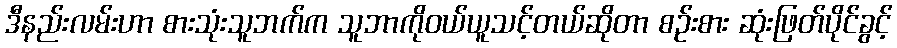
ဒီနည်းလမ်းဟာ စားသုံးသူဘက်က သူဘာကိုဝယ်ယူသင့်တယ်ဆိုတာ စဉ်းစား ဆုံးဖြတ်ပိုင်ခွင့်